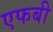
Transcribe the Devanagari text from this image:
एफबी